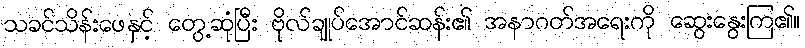
သခင်သိန်းဖေနှင့် တွေ့ဆုံပြီး ဗိုလ်ချုပ်အောင်ဆန်း၏ အနာဂတ်အရေးကို ဆွေးနွေးကြ၏။